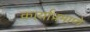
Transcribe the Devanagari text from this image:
कार्याप्रमाणे